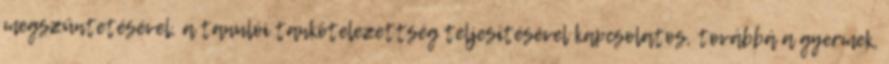
megszüntetésével, a tanulói tankötelezettség teljesítésével kapcsolatos, továbbá a gyermek,